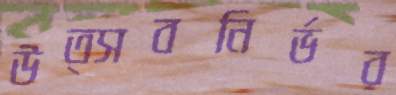
উত্সবনির্ভর